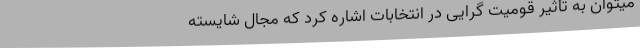
میتوان به تأثیر قومیت گرایی در انتخابات اشاره کرد که مجال شایسته